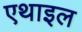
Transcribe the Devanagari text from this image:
एथाइल